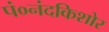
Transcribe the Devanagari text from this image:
पं०नंदकिशोर